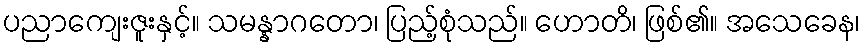
ပညာကျေးဇူးနှင့်။ သမန္နာဂတော၊ ပြည့်စုံသည်။ ဟောတိ၊ ဖြစ်၏။ အသေခေန၊